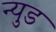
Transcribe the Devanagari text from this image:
न्युड